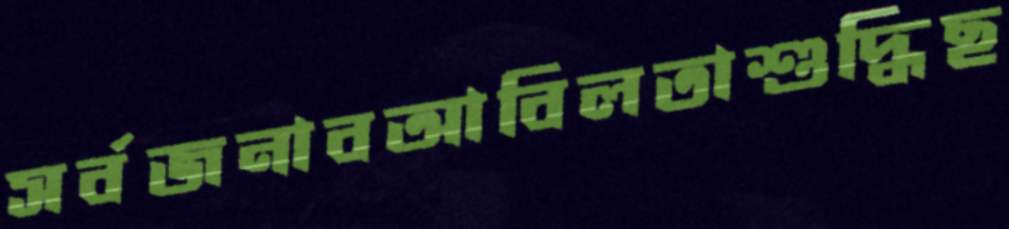
সর্বজনাবআবিলতাশুদ্ধিছ